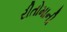
રીતોમાની